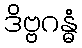
ဒိဗ္ဗဂန္ဓံ